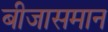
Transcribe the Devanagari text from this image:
बीजासमान